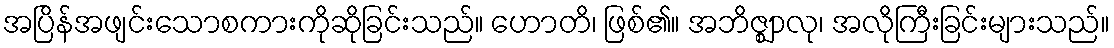
အပြိန်အဖျင်းသောစကားကိုဆိုခြင်းသည်။ ဟောတိ၊ ဖြစ်၏။ အဘိဇ္ဈာလု၊ အလိုကြီးခြင်းများသည်။